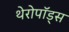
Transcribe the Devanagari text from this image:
थेरोपॉड्स